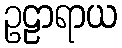
ဥဠာရာယ